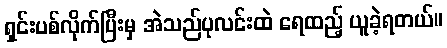
ရှင်းပစ်လိုက်ပြီးမှ အဲသည်ပုလင်းထဲ ရေထည့် ယူခဲ့ရတယ်။